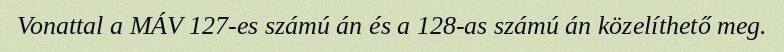
Vonattal a MÁV 127-es számú án és a 128-as számú án közelíthető meg.